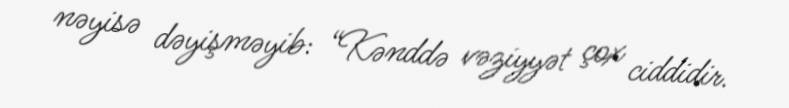
nəyisə dəyişməyib: “Kənddə vəziyyət çox ciddidir.